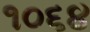
૧૦૬૪